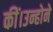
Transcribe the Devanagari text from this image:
कीं।उन्होने